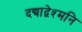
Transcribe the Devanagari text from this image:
दद्याद्वेश्मनि